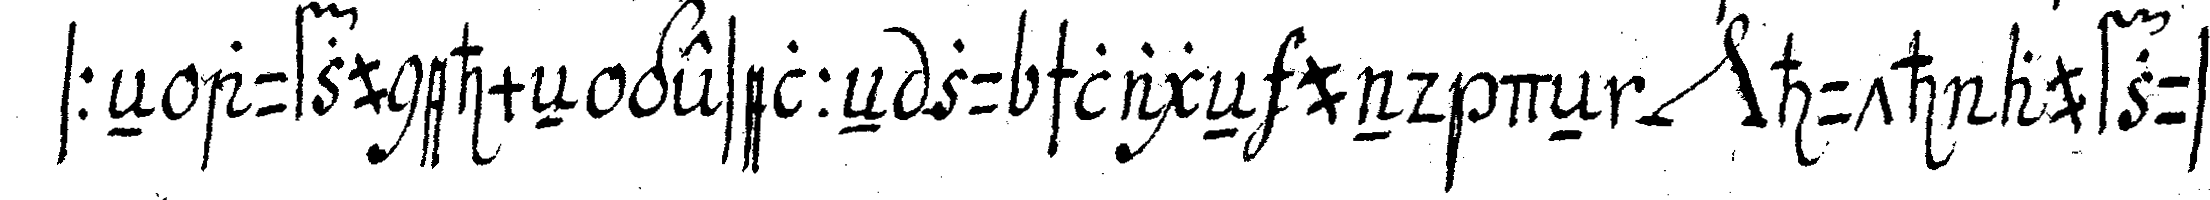
sseN aufzunehmeN geselleN zu schlageN und deN *nee* huth aufzuset